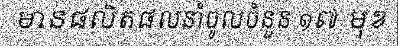
មានផលិតផលនាំចូលចំនួន ១៧ មុខ